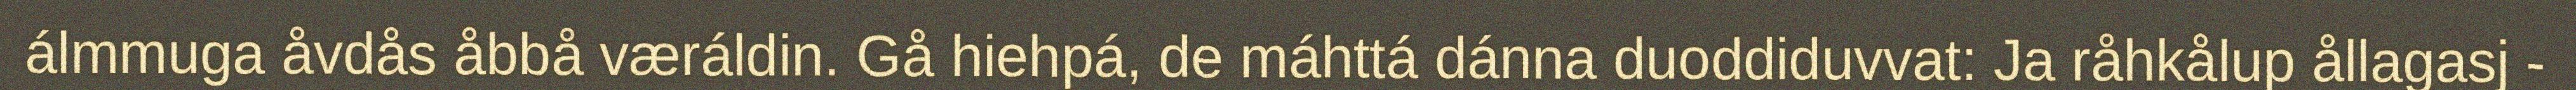
álmmuga åvdås åbbå væráldin. Gå hiehpá, de máhttá dánna duoddiduvvat: Ja råhkålup ållagasj -